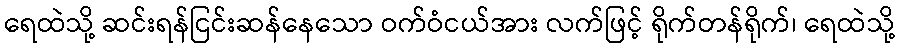
ရေထဲသို့ ဆင်းရန်ငြင်းဆန်နေသော ဝက်ဝံငယ်အား လက်ဖြင့် ရိုက်တန်ရိုက်၊ ရေထဲသို့